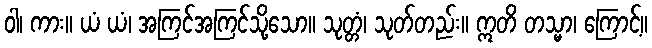
ဝါ၊ ကား။ ယံ ယံ၊ အကြင်အကြင်သို့သော။ သုတ္တံ၊ သုတ်တည်း။ ဣတိ တသ္မာ၊ ကြောင့်။